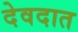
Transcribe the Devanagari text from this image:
देवदात